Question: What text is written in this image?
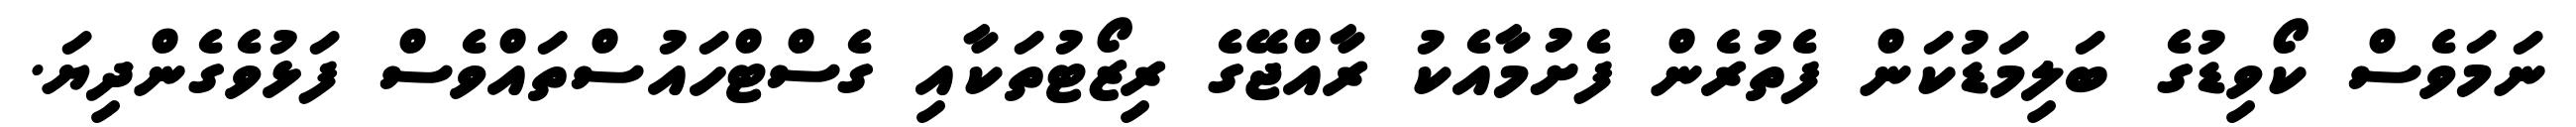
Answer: ނަމަވެސް ކޯވިޑުގެ ބަލިމަޑުކަން ފެތުރެން ފެށުމާއެކު ރާއްޖޭގެ ރިޒޯޓުތަކާއި ގެސްޓްހައުސްތައްވެސް ފަޅުވެގެންދިޔަ.